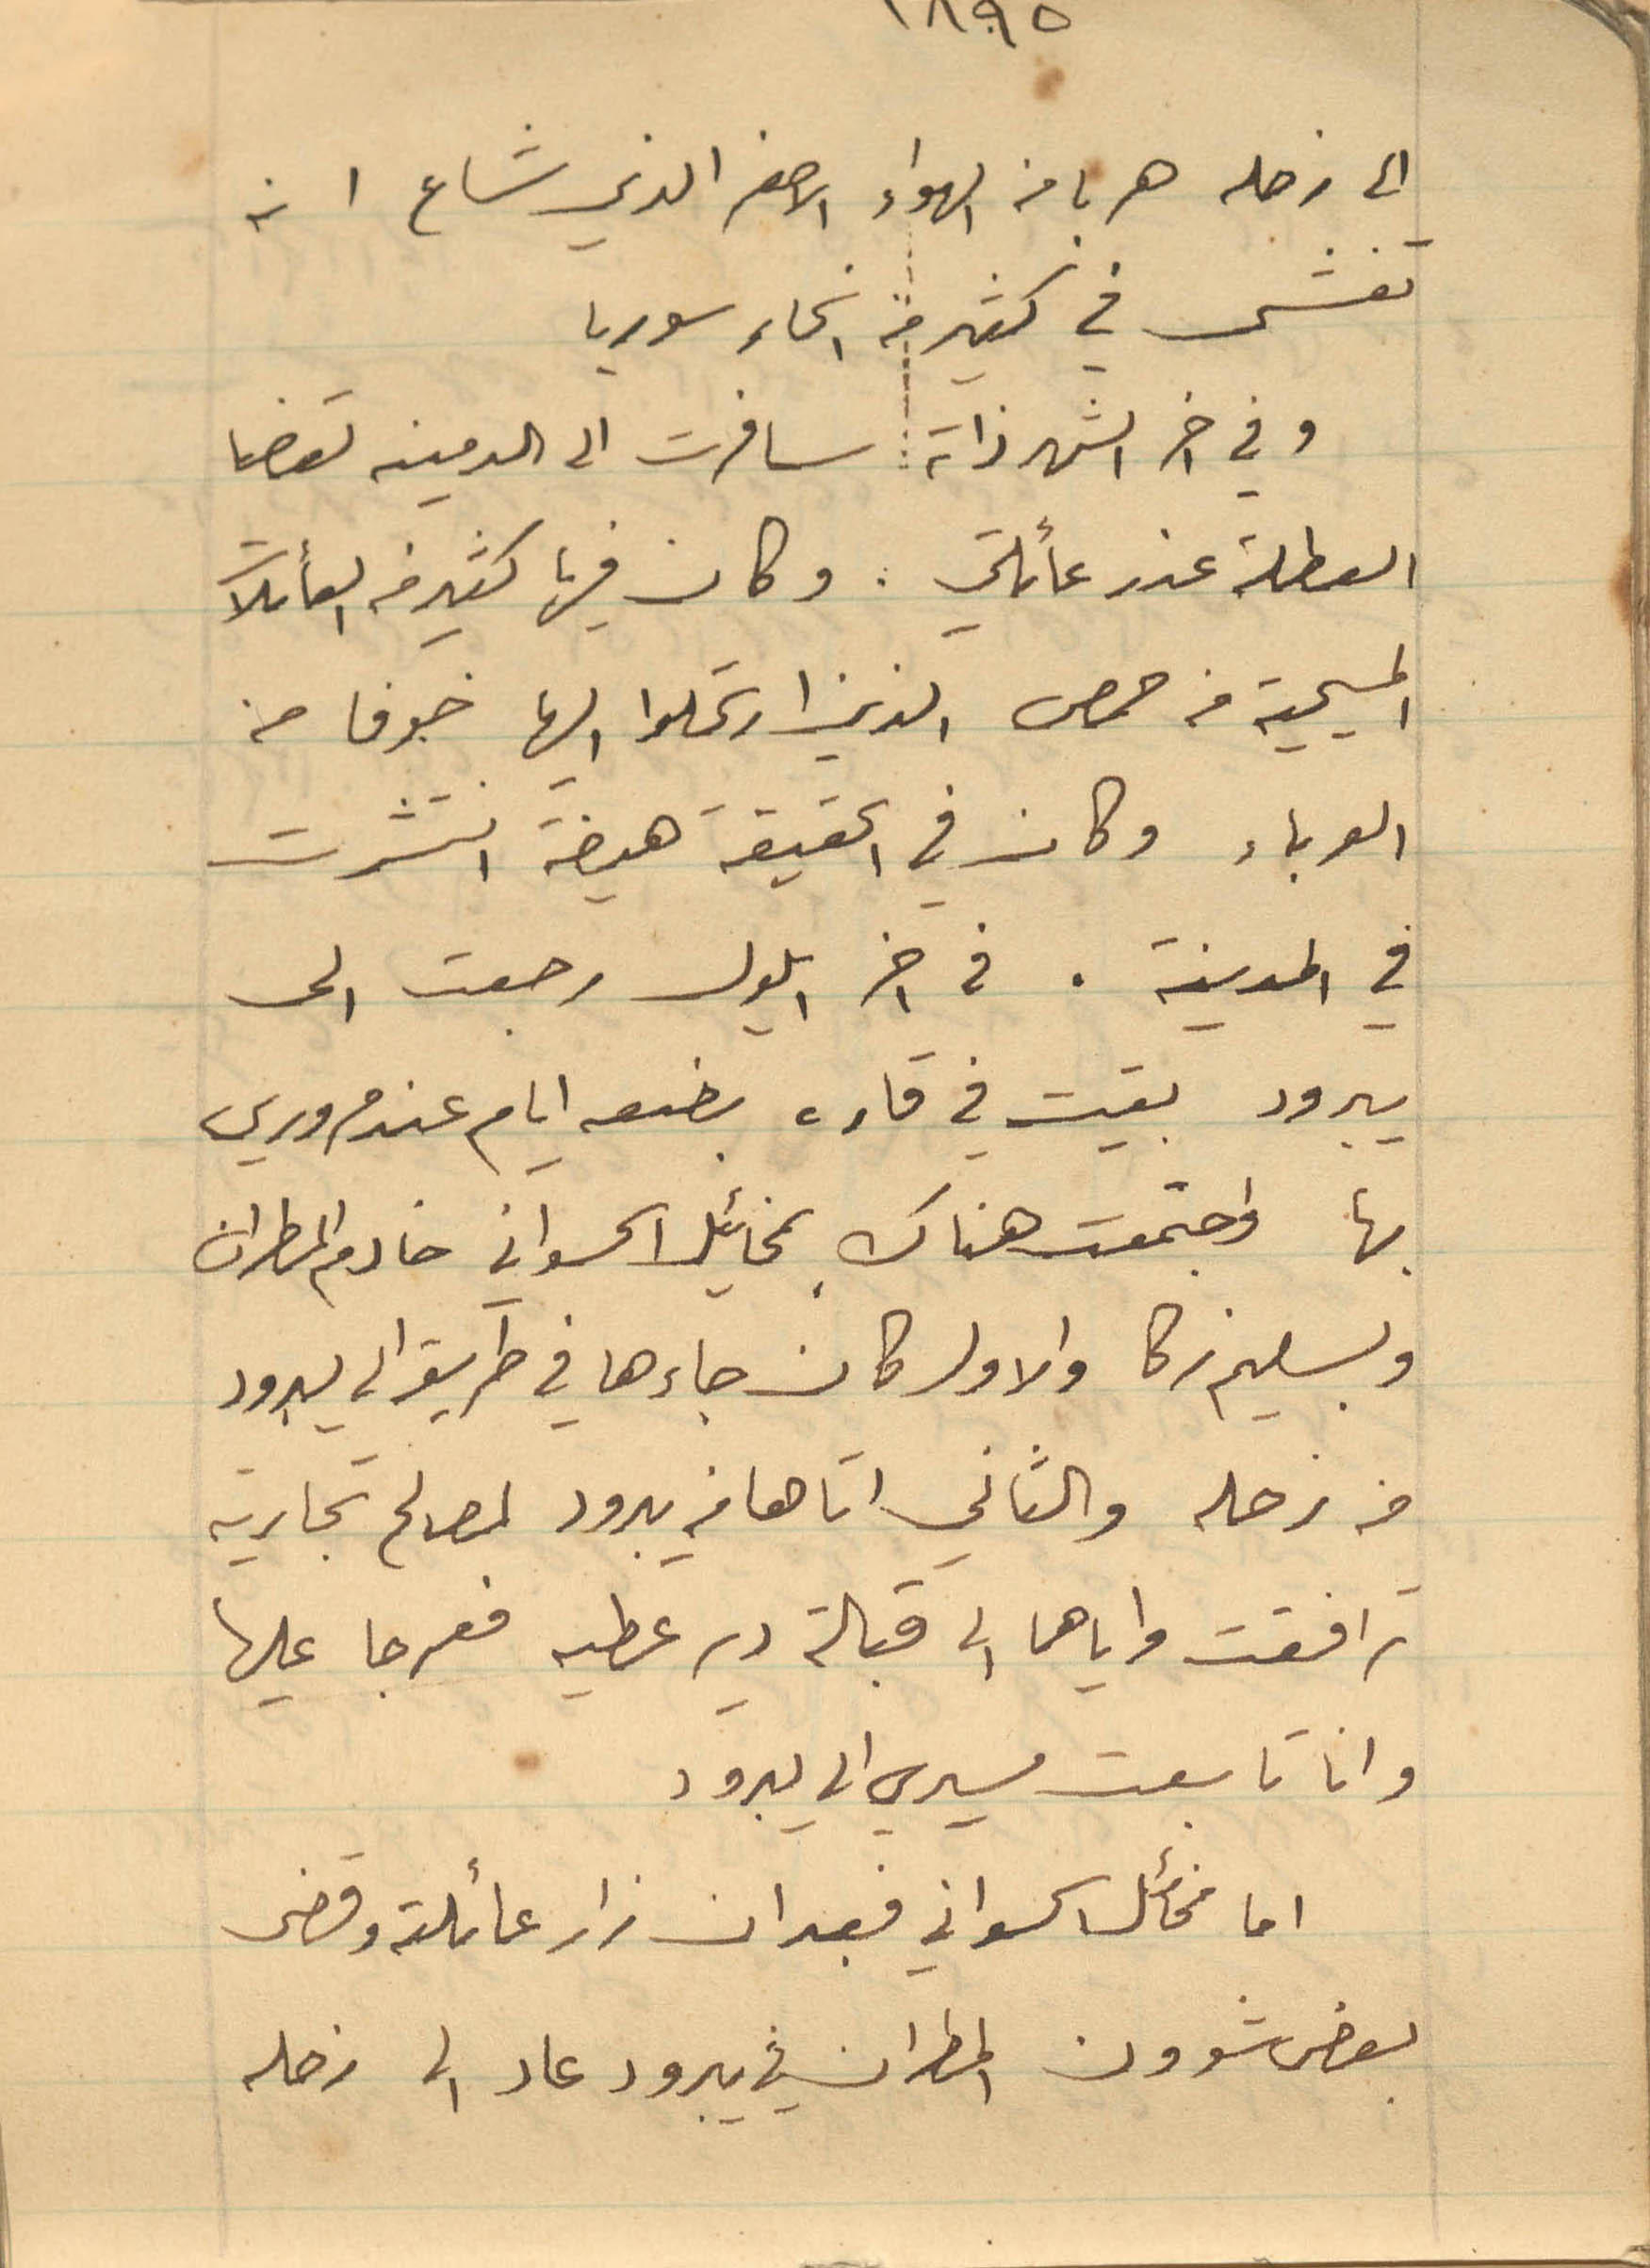
1895
الى زحله هربا من الهواء الاصفر الذي شاع انه
تفشى في كثير من انحاء سوريا
وفي اخر الشهر ذاته سافرت الى الدمينه لقضا
العطلة عند عائلتي. وكان فيها كثير من العائلات
المسيحية من حمص الذين ارتحلوا اليها خوفا من
الوباء وكان في الحقيقة هيضة انتشرت
في المدينة. في اخر ايلول رجعت الى
يبرود بقيت في قاره بضعه ايام عند مروري
بها واجتمعت هناك بمخائيل الحسواني خادم المطران
وبسليم زكا والاول كان جاءها في طريقه الى يبرود
من زحله والثاني اتاها من يبرود لمصالح تجارية
ترافقت واياهما الى قبالة دير عطيه فعرجا عليها
وانا تابعت مسيري الى يبرود
اما مخائل الحسواني فبعد ان زار عائلته وقضى
بعض شؤون المطران في يبرود عاد الى زحله